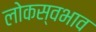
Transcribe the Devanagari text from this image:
लोकस्वभाव